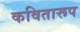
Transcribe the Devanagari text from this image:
कवितारूप